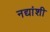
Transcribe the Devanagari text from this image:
नद्यांशी